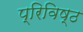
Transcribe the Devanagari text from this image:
प्रिविष्ठ